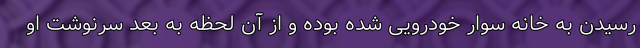
رسیدن به خانه سوار خودرویی شده بوده و از آن لحظه به بعد سرنوشت او